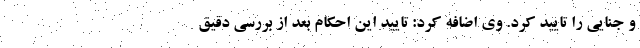
و جنایی را تایید کرد. وی اضافه کرد: تایید این احکام بعد از بررسی دقیق